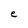
Character: e